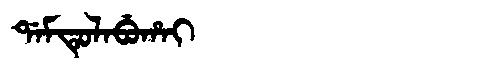
Manchu: ᡩᠠᠮᡨᡠᠯᠠᠪᡠᡥᠠᡳ
Romanization: DAMTULABUHAI